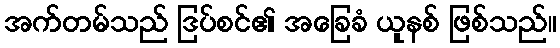
အက်တမ်သည် ဒြပ်စင်၏ အခြေခံ ယူနစ် ဖြစ်သည်။